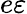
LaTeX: e\varepsilon